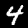
Label: 4